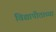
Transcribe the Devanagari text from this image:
विद्यापीठाच्‍या